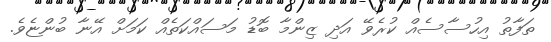
ތަފާތު އިހުސާސެއް ކުރެވޭ އަދި ޒިންމާ ބޮޑު މަސައްކަތެއް ކަމަށް އޭނާ ބުންޏެވެ.